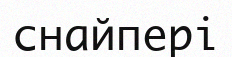
снайпері